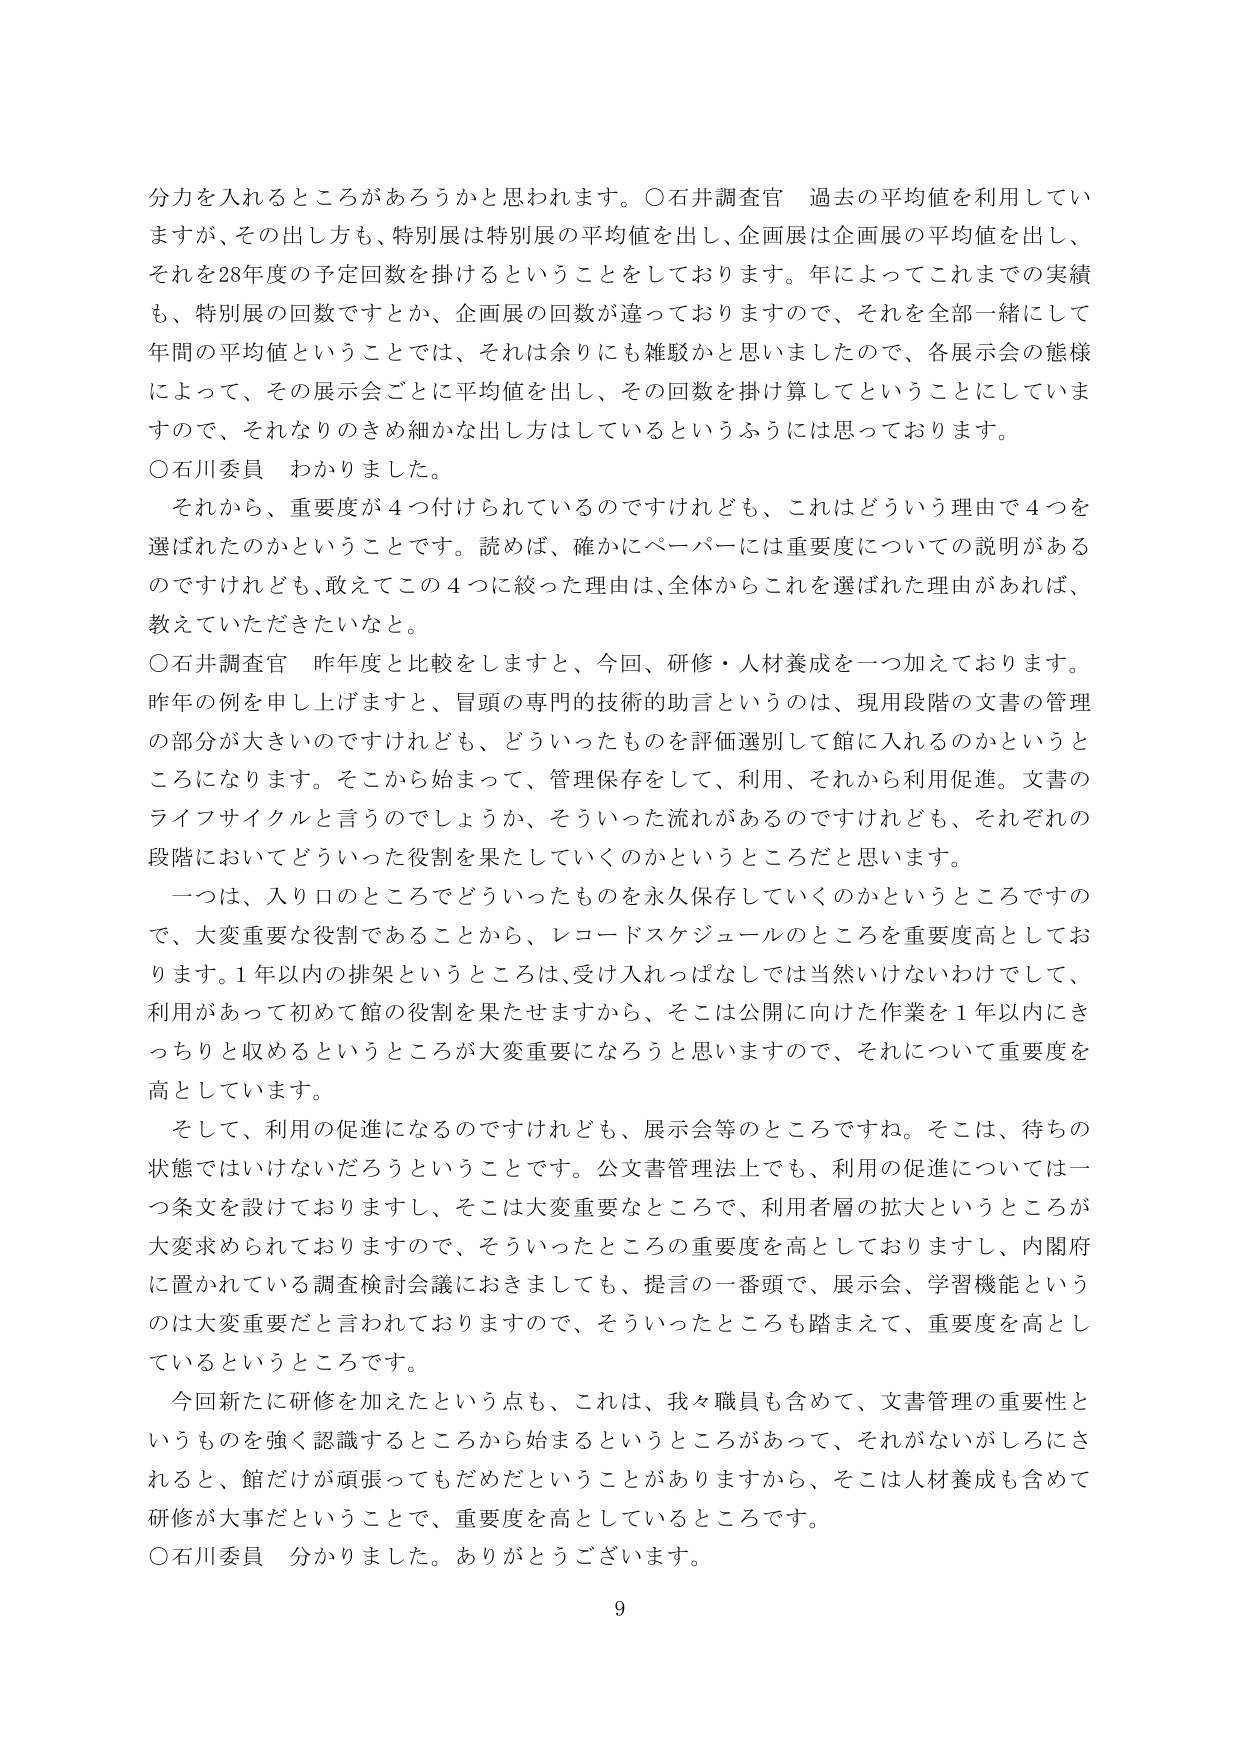
分力を入れるところがあろうかと思われます。○石井調査官 過去の平均値を利用していますが、その出し方も、特別展は特別展の平均値を出し、企画展は企画展の平均値を出し、それを28年度の予定回数を掛けるということをしております。年によってこれまでの実績も、特別展の回数ですとか、企画展の回数が違っておりますので、それを全部一緒にして年間の平均値ということでは、それは余りにも雑駁かと思いましたので、各展示会の態様によって、その展示会ごとに平均値を出し、その回数を掛け算してということにしていますので、それなりのきめ細かな出し方はしているというふうには思っております。

○石川委員 わかりました。

それから、重要度が4つ付けられているのですけれども、これはどういう理由で4つを選ばれたのかということです。読めば、確かにペーパーには重要度についての説明があるのですけれども、敢えてこの4つに絞った理由は、全体からこれを選ばれた理由があれば、教えていただきたいなと。

○石井調査官 昨年度と比較をしますと、今回、研修・人材養成を一つ加えております。昨年の例を申し上げますと、冒頭の専門的技術的助言というのは、現用段階の文書の管理の部分が大きいのですけれども、どういったものを評価選別して館に入れるのかというところになります。そこから始まって、管理保存をして、利用、それから利用促進。文書のライフサイクルと言うのでしょうか、そういった流れがあるのですけれども、それぞれの段階においてどういった役割を果たしていくのかというところだと思います。

一つは、入り口のところでどういったものを永久保存していくのかというところですので、大変重要な役割であることから、レコードスケジュールのところを重要度高としております。1年以内の排架というところは、受け入れっぱなしでは当然いけないわけですし、利用があって初めて館の役割を果たせますから、そこは公開に向けた作業を1年以内にきっちりと収めるというところが大変重要になろうと思いますので、それについて重要度を高としています。

そして、利用の促進になるのですけれども、展示会等のところですね。そこは、待ちの状態ではいけないだろうということです。公文書管理法上でも、利用の促進については一つ条文を設けておりますし、そこは大変重要なところで、利用者層の拡大というところが大変求められておりますので、そういったところの重要度を高としておりますし、内閣府に置かれている調査検討会議におきましても、提言の一番頭で、展示会、学習機能というのは大変重要だと言われておりますので、そういったところも踏まえて、重要度を高としているというところです。

今回新たに研修を加えたという点も、これは、我々職員も含めて、文書管理の重要性というものを強く認識するところから始まるというところがあって、それがないがしろにされると、館だけが頑張ってもだめだということがありますから、そこは人材養成も含めて研修が大事だということで、重要度を高としているところです。

○石川委員 分かりました。ありがとうございます。

9